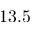
1 3 . 5